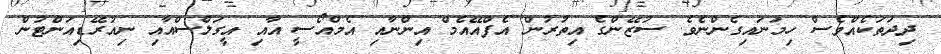
ދިދަތަކެއްވެސް ހިމަނައިގެންނެވެ. ސުޒޭންގެ އިތުރުން އެފްއޭއެމް އިންނާއި އެމްއޯސީ އާއި އީގަލްސްއާއި ނިއުރޭޑިއަންޓުން